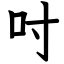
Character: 吋